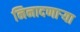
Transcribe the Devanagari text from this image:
निनादणाऱ्या